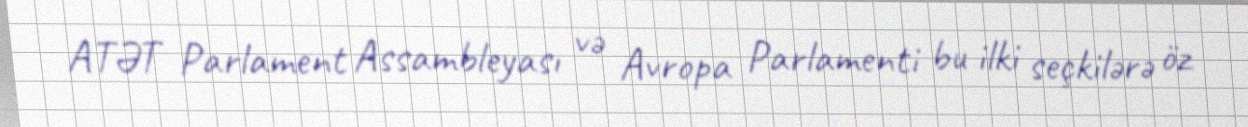
ATƏT Parlament Assambleyası və Avropa Parlamenti bu ilki seçkilərə öz